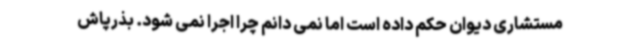
مستشاری دیوان حکم داده است اما نمی دانم چرا اجرا نمی شود. بذرپاش